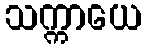
သက္ကာယေ